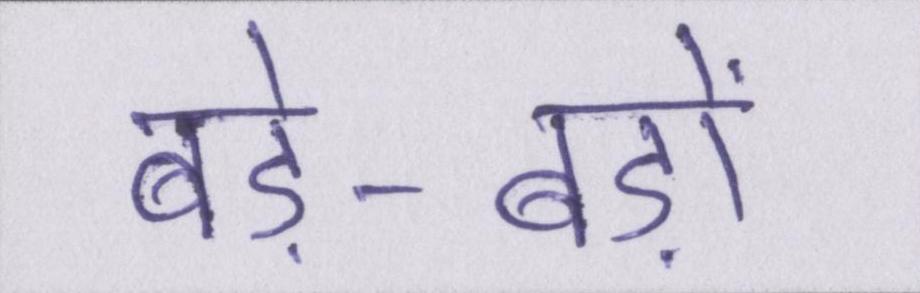
बड़े-बड़ों